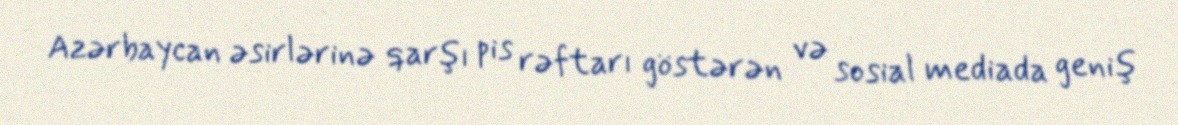
Azərbaycan əsirlərinə qarşı pis rəftarı göstərən və sosial mediada geniş